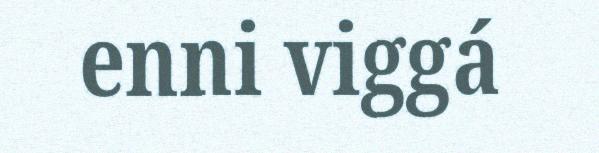
enni viggá